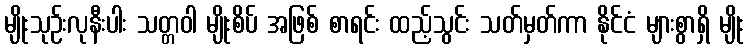
မျိုးသုဉ်းလုနီးပါး သတ္တဝါ မျိုးစိပ် အဖြစ် စာရင်း ထည့်သွင်း သတ်မှတ်ကာ နိုင်ငံ များစွာရှိ မျိုး